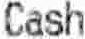
CASH